Indian journal of veterinary science and animal husbandry - Volumes 24-25, 1954-1955
Year: 1954
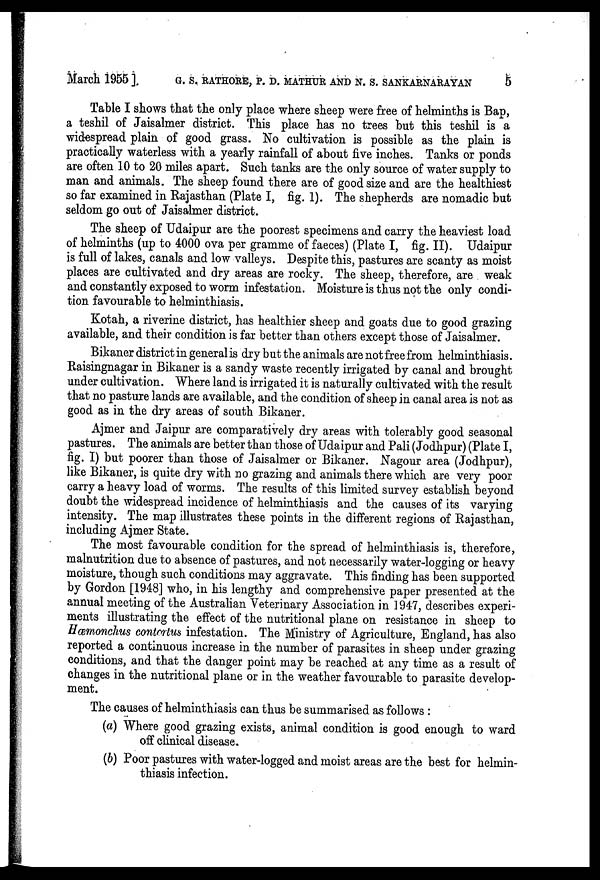
March 1955] G. S. RATHORE, P. D. MATHUR AND N. S. SANKARNARAYAN 5
Table I shows that the only place where sheep were free of helminths is Bap,
a teshil of Jaisalmer district. This place has no trees but this teshil is a
widespread plain of good grass. No cultivation is possible as the plain is
practically waterless with a yearly rainfall of about five inches. Tanks or ponds
are often 10 to 20 miles apart. Such tanks are the only source of water supply to
man and animals. The sheep found there are of good size and are the healthiest
so far examined in Rajasthan (Plate I, fig. 1). The shepherds are nomadic but
seldom go out of Jaisalmer district.
The sheep of Udaipur are the poorest specimens and carry the heaviest load
of helminths (up to 4000 ova per gramme of faeces) (Plate I, fig. II). Udaipur
is full of lakes, canals and low valleys. Despite this, pastures are scanty as moist
places are cultivated and dry areas are rocky. The sheep, therefore, are weak
and constantly exposed to worm infestation. Moisture is thus not the only condi-
tion favourable to helminthiasis.
Kotah, a riverine district, has healthier sheep and goats due to good grazing
available, and their condition is far better than others except those of Jaisalmer.
Bikaner district in general is dry but the animals are not free from helminthiasis.
Raisingnagar in Bikaner is a sandy waste recently irrigated by canal and brought
under cultivation. Where land is irrigated it is naturally cultivated with the result
that no pasture lands are available, and the condition of sheep in canal area is not as
good as in the dry areas of south Bikaner.
Ajmer and Jaipur are comparatively dry areas with tolerably good seasonal
pastures. The animals are better than those of Udaipur and Pali (Jodhpur) (Plate I,
fig. I) but poorer than those of Jaisalmer or Bikaner. Nagour area (Jodhpur),
like Bikaner, is quite dry with no grazing and animals there which are very poor
carry a heavy load of worms. The results of this limited survey establish beyond
doubt the widespread incidence of helminthiasis and the causes of its varying
intensity. The map illustrates these points in the different regions of Rajasthan,
including Ajmer State.
The most favourable condition for the spread of helminthiasis is, therefore,
malnutrition due to absence of pastures, and not necessarily water-logging or heavy
moisture, though such conditions may aggravate. This finding has been supported
by Gordon [1948] who, in his lengthy and comprehensive paper presented at the
annual meeting of the Australian Veterinary Association in 1947, describes experi-
ments illustrating the effect of the nutritional plane on resistance in sheep to
Hœmonchus contortus infestation. The Ministry of Agriculture, England, has also
reported a continuous increase in the number of parasites in sheep under grazing
conditions, and that the danger point may be reached at any time as a result of
changes in the nutritional plane or in the weather favourable to parasite develop-
ment.
The causes of helminthiasis can thus be summarised as follows :
(a) Where good grazing exists, animal condition is good enough to ward
off clinical disease.
(b) Poor pastures with water-logged and moist areas are the best for helmin-
thiasis infection.